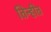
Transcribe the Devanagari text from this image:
तिन्हीत